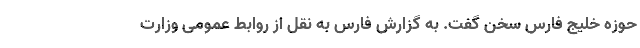
حوزه خلیج فارس سخن گفت. به گزارش فارس به نقل از روابط عمومی وزارت